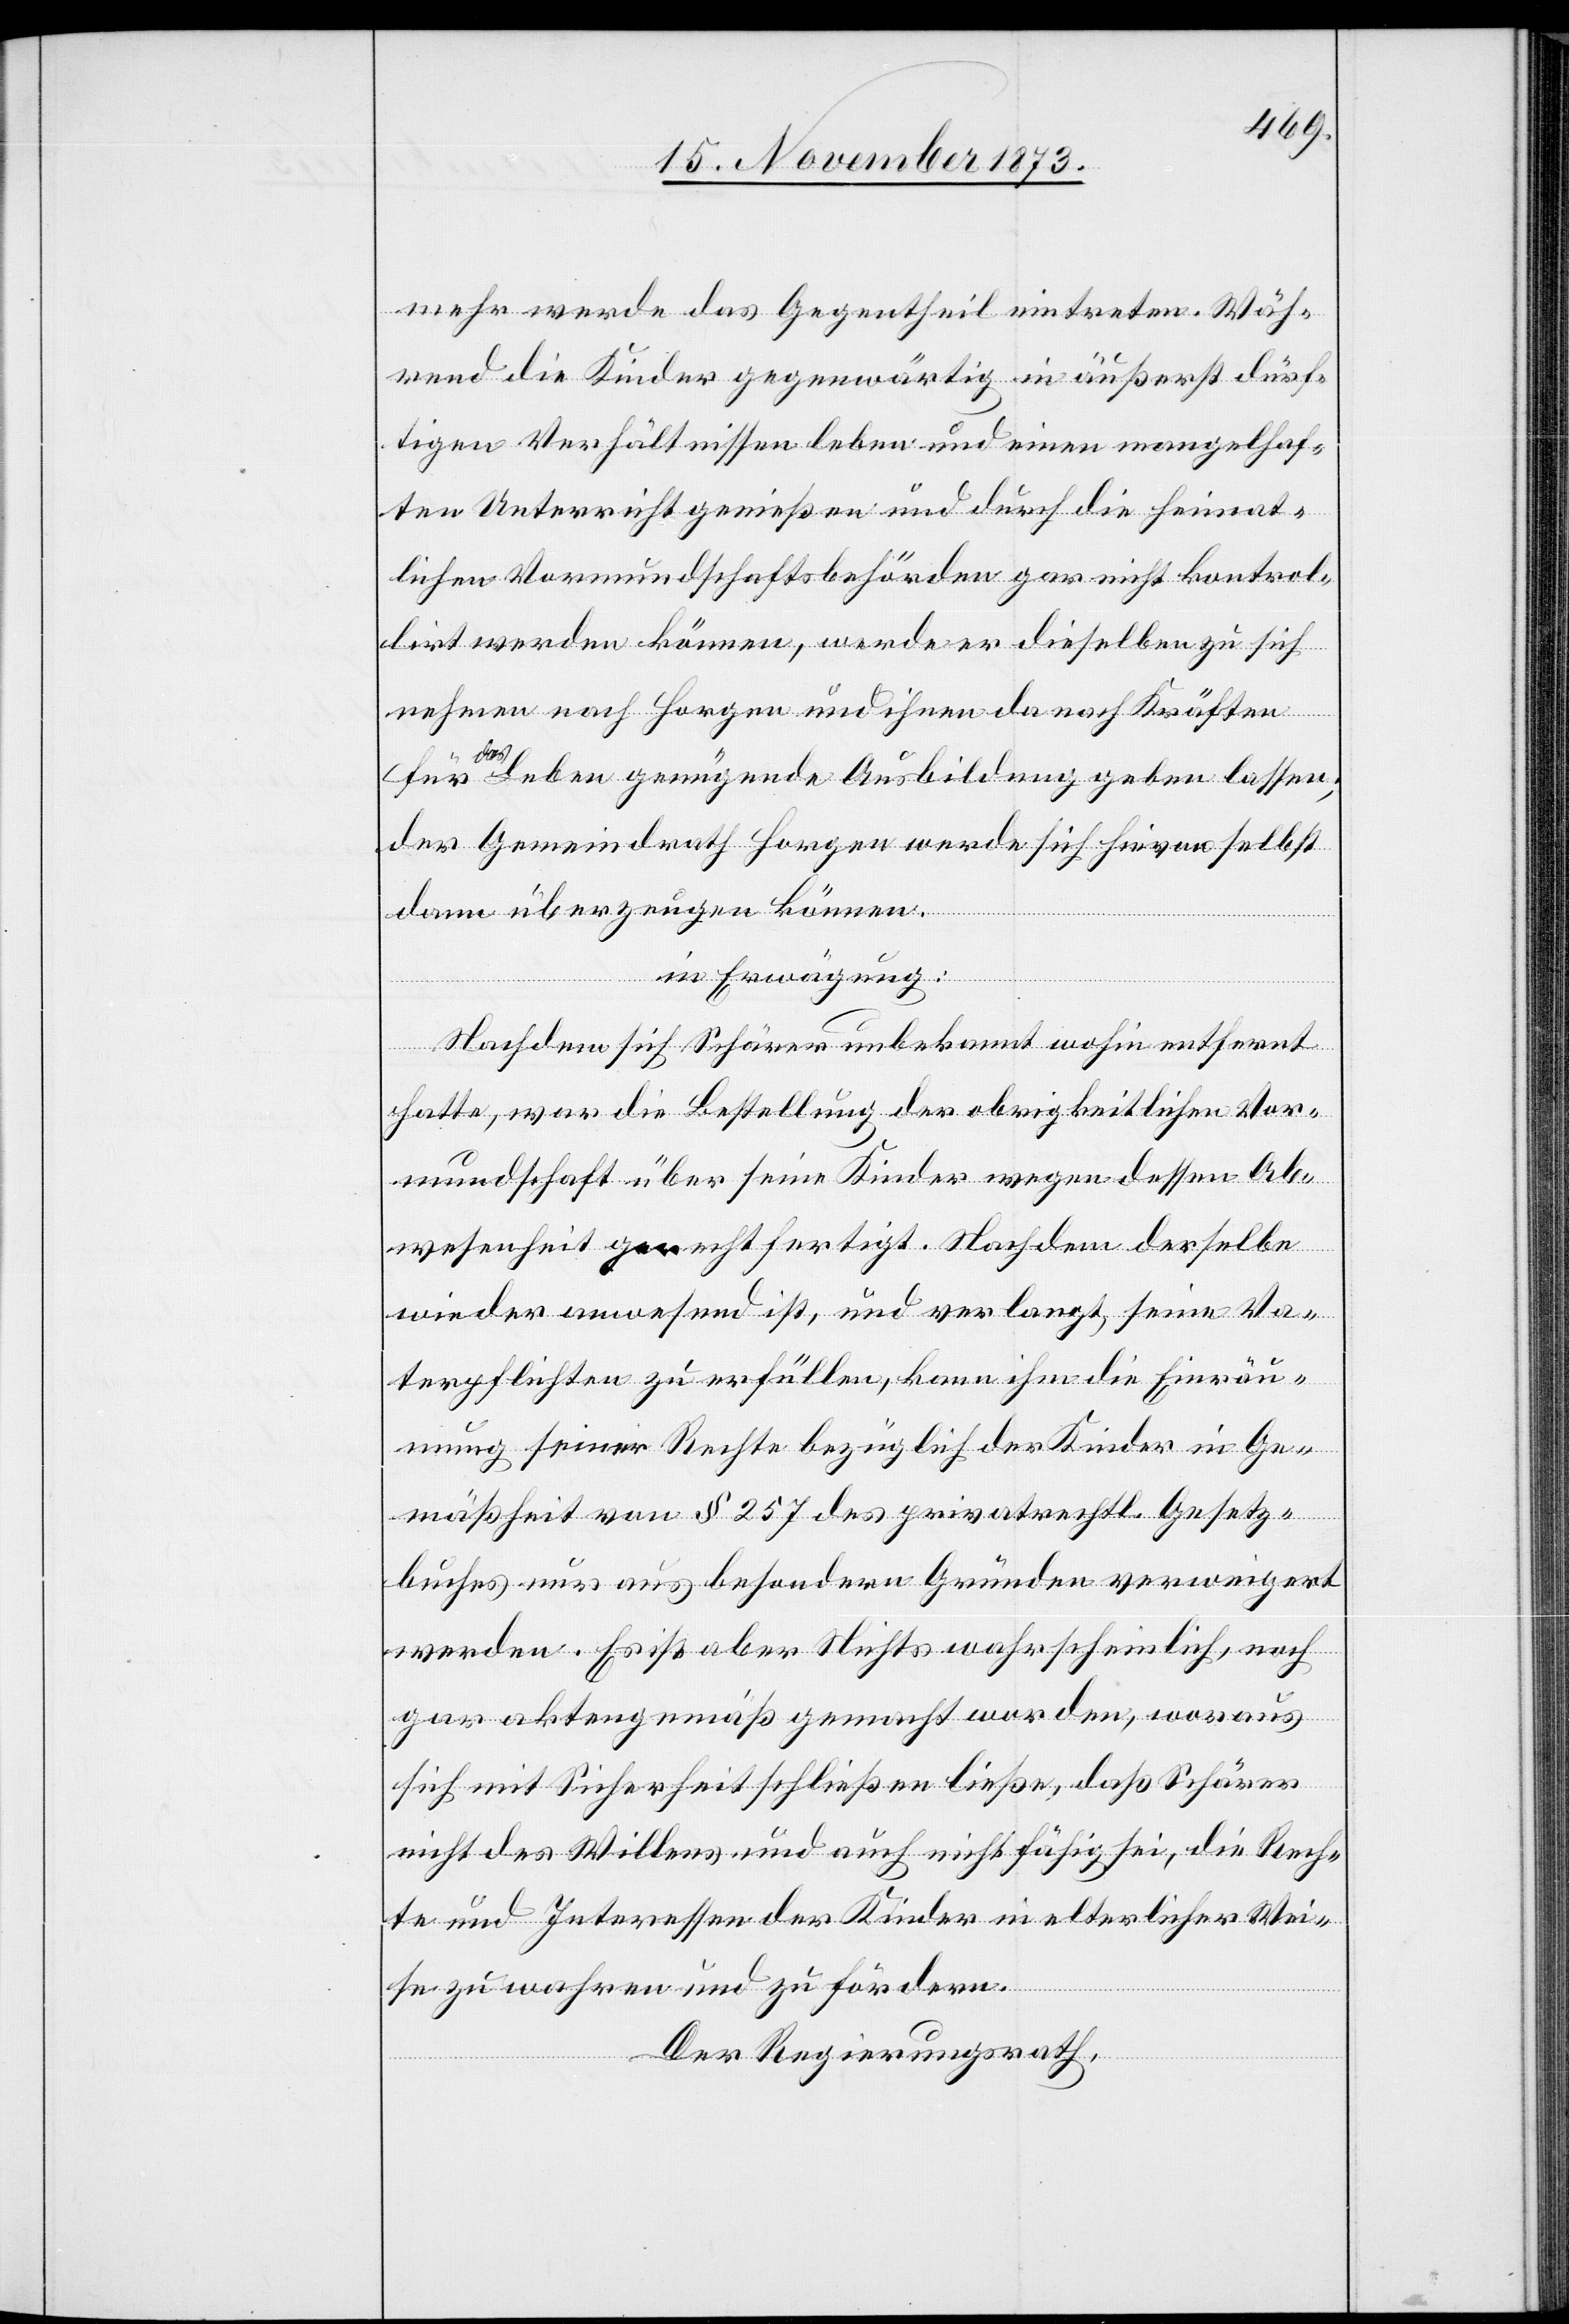
mehr werde das Gegentheil eintreten. Wäh¬
rend die Kinder gegenwärtig in äußerst dürf¬
tigen Verhältnissen leben und einen mangelhaf¬
ten Unterricht genießen und durch die heimat¬
lichen Vormundschaftsbehörden gar nicht kontrol¬
lirt werden können, werde er dieselben zu sich
nehmen nach Horgen und ihnen da nach Kräften
für
das Leben genügende Ausbildung geben lassen;
der Gemeindrath Horgen werde sich hievon selbst
dann überzeugen können.
in Erwägung:
Nachdem sich Schärer unbekannt wohin entfernt
hatte, war die Bestellung der obrigkeitlichen Vor¬
mundschaft über seine Kinder wegen dessen Ab¬
wesenheit gerechtfertigt. Nachdem derselbe
wieder anwesend ist, und verlangt, seine Va¬
terpflichten zu erfüllen, kann ihm die Einräu¬
mung seiner Rechte bezüglich der Kinder in Ge¬
mäßheit von § 257 des privatrechtl. Gesetz¬
buches nur aus besondern Gründen verweigert
werden. Es ist aber Nichts wahrscheinlich, noch
gar aktengemäß gemacht worden, woraus
sich mit Sicherheit schließen ließe, daß Schärer
nicht des Willens und auch nicht fähig sei, die Rech¬
te und Interessen der Kinder in elterlicher Wei¬
se zu wahren und zu fördern.
Der Regierungsrath,